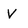
Character: V